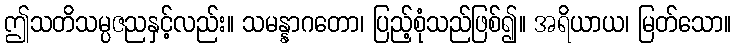
ဤသတိသမ္ပဇညနှင့်လည်း။ သမန္နာဂတော၊ ပြည့်စုံသည်ဖြစ်၍။ အရိယာယ၊ မြတ်သော။